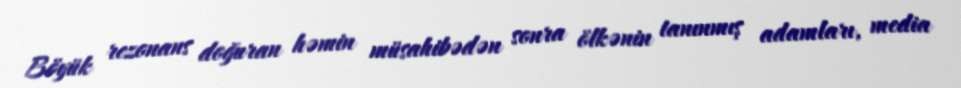
Böyük rezonans doğuran həmin müsahibədən sonra ölkənin tanınmış adamları, media